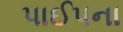
પાઈપના